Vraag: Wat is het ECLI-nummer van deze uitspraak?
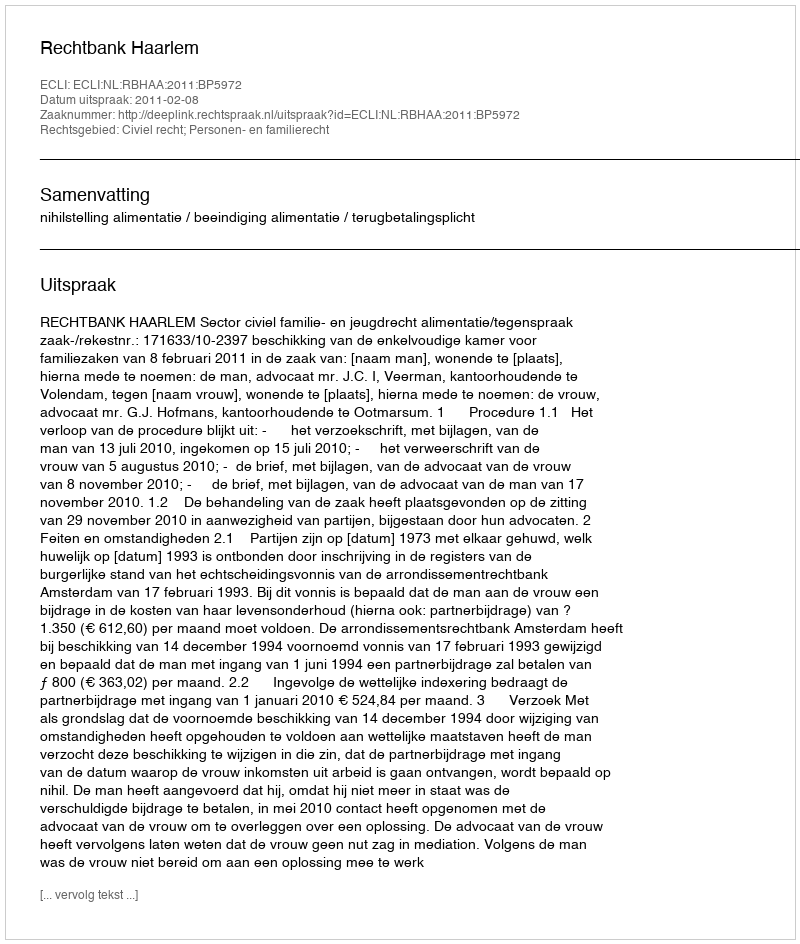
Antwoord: ECLI:NL:RBHAA:2011:BP5972